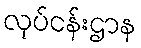
လုပ်ငန်းဌာန